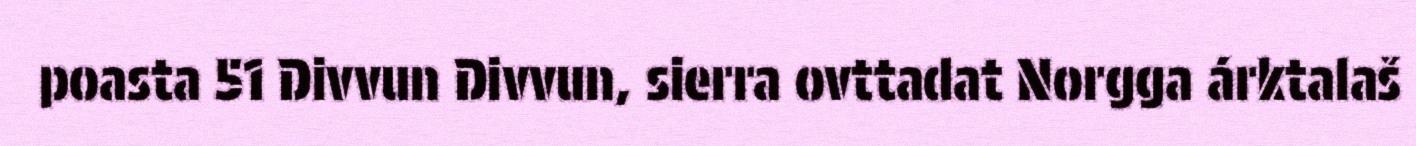
poasta 51 Divvun Divvun, sierra ovttadat Norgga árktalaš